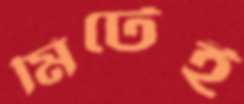
মিটেই